Vaccination report Assam 1874-1896 - 1874-1896
Year: 1874
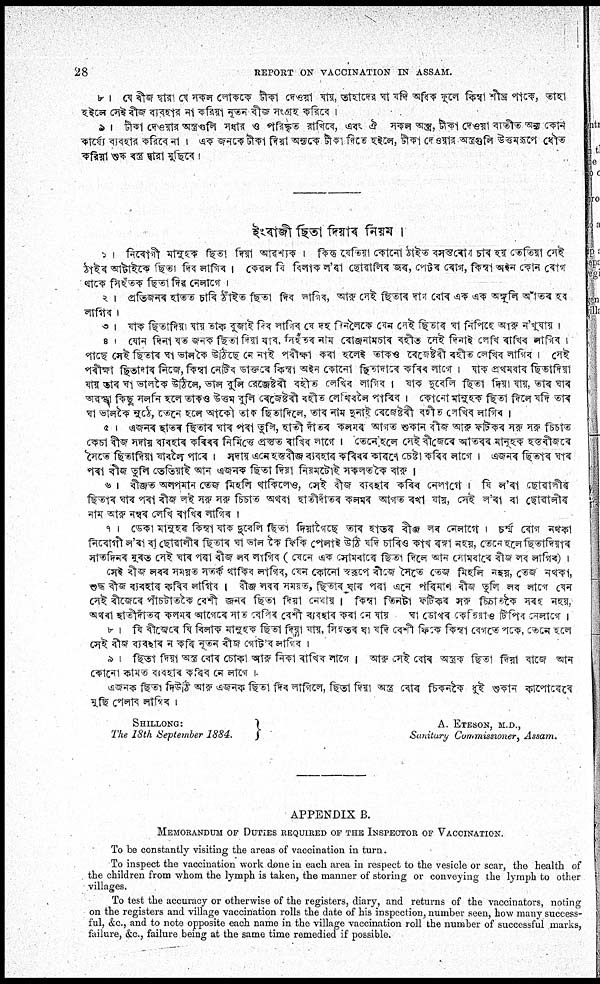
28 REPORT ON VACCINATION IN ASSAM.
SHILLONG:
The 18th September 1884.
A. ETESON, M.D.,
Sanitary Commissioner, Assam.
APPENDIX B.
MEMORANDUM OF DUTIES REQUIRED OF THE INSPECTOR OF VACCINATION.
To be constantly visiting the areas of vaccination in turn.
To inspect the vaccination work done in each area in respect to the vesicle or scar, the health of
the children from whom the lymph is taken, the manner of storing or conveying the lymph to other
villages.
To test the accuracy or otherwise of the registers, diary, and returns of the vaccinators, noting
on the registers and village vaccination rolls the date of his inspection, number seen, how many success-
ful, &c., and to note opposite each name in the village vaccination roll the number of successful marks,
failure, &c., failure being at the same time remedied if possible.